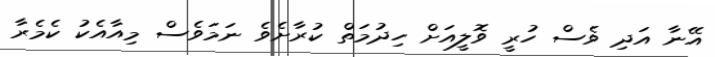
އޭނާ އަދި ވެސް ހުރީ ވޮލީއަށް ހިދުމަތް ކުރާށެވެ ނަމަވެސް މިއާއެކު ކެމެރާ